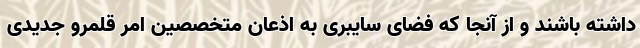
داشته باشند و از آنجا که فضای سایبری به اذعان متخصصین امر قلمرو جدیدی